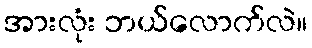
အားလုံး ဘယ်လောက်လဲ။